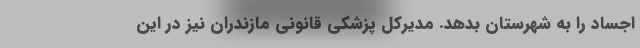
اجساد را به شهرستان بدهد. مدیرکل پزشکی قانونی مازندران نیز در این